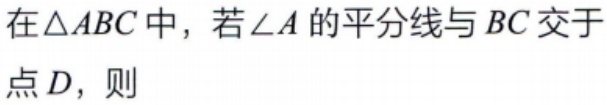
在\(\triangle ABC\)中，若\(\angle A\)的平分线与\(BC\)交于点\(D\)，则